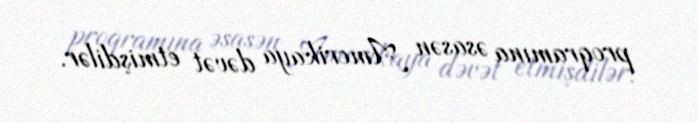
proqramına əsasən Amerikaya dəvət etmişdilər.